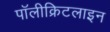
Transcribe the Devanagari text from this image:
पॉलीक्रिटलाइन